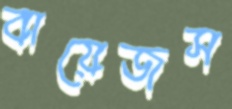
বায়েজস